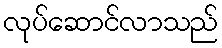
လုပ်ဆောင်လာသည်